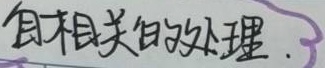
自相关的处理.